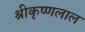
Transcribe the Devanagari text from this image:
श्रीकृष्णलाल